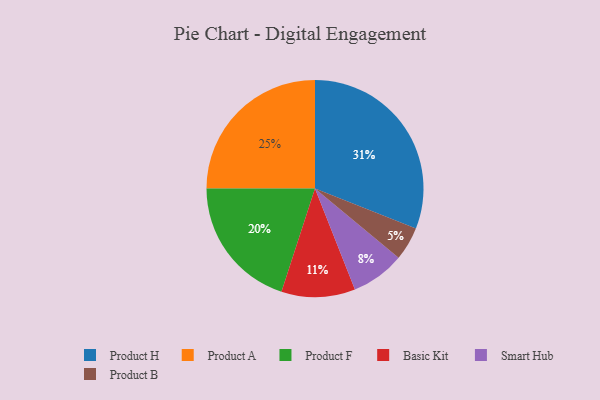
{"axis": {"x": "Category", "y": "Percentage"}, "legend": ["Basic Kit", "Product A", "Product B", "Product F", "Product H", "Smart Hub"], "data": [{"x": "Basic Kit", "y": 11, "type": "Basic Kit"}, {"x": "Product F", "y": 20, "type": "Product F"}, {"x": "Smart Hub", "y": 8, "type": "Smart Hub"}, {"x": "Product H", "y": 31, "type": "Product H"}, {"x": "Product A", "y": 25, "type": "Product A"}, {"x": "Product B", "y": 5, "type": "Product B"}]}